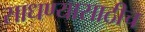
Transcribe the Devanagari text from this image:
साधण्यासाठीच